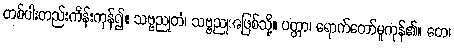
တစ်ပါးတည်းကိန်းကုန်၍။ သဗ္ဗညုတံ၊ သဗ္ဗညုအဖြစ်သို့။ ပတ္တာ၊ ရောက်တော်မူကုန်၏။ တေ၊